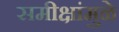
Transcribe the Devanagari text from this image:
समीक्षांमुळे